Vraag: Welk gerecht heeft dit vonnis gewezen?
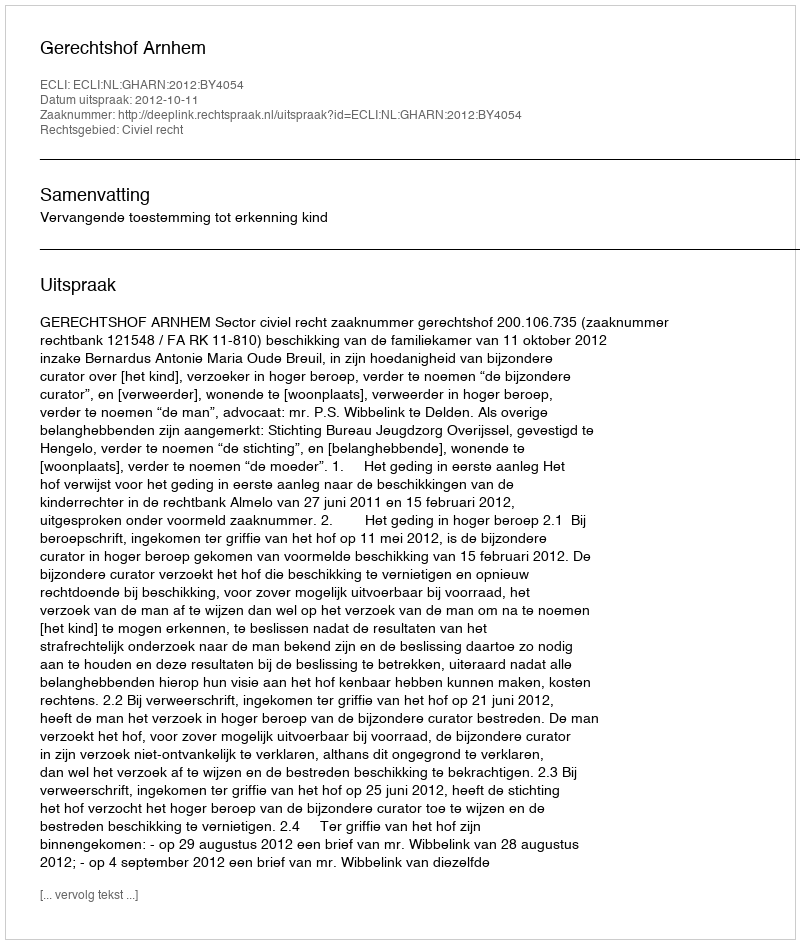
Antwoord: Gerechtshof Arnhem